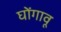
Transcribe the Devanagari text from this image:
घोंगावू